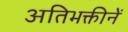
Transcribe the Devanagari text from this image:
अतिभक्तीनें